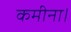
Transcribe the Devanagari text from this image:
कमीना।